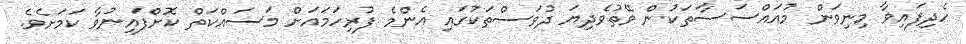
ހެދިފައިވާ މިނިވަން މުއައްސަސާތަކުން ވޭތުވެދިޔަ ދުވަސްތަކުގައި އެންމެ ފުރިހަމައަށް މަސައްކަތް ކޮށްފައިނުވާ ކަމަށެވެ.